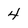
Character: 4